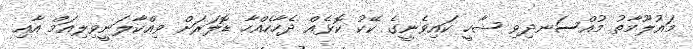
މައުލޫމާތު މުއްސަނދިވި ޝާހީ ކައިވެނީގެ ކޭކު ކޮޅެއް ދެހާހެއްހާ ޑޮލަރަށް ވިއްކާލަނީވިލިއަމް އާއި